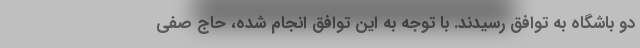
دو باشگاه به توافق رسیدند. با توجه به این توافق انجام شده، حاج صفی